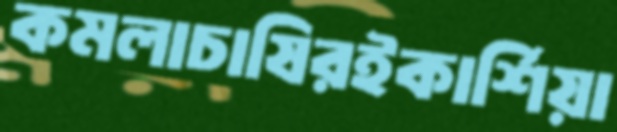
কমলাচাষিরইকার্শিয়া